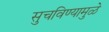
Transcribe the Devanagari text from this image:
सुचविण्यामुळे